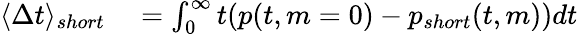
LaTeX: \begin{array}{rl}{\langle\Delta t\rangle_{short}}&{{}=\int_{0}^{\infty}t(p(t,m=0)-p_{short}(t,m))dt}\end{array}